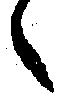
々